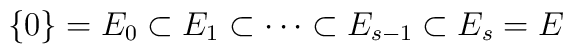
\{0\}=E_0\subset E_1\subset\cdots \subset E_{s-1}\subset E_s=E